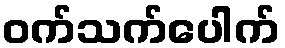
ဝက်သက်ပေါက်